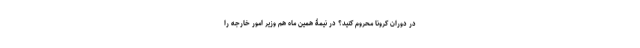
در دوران کرونا محروم کنید؟ در نیمۀ همین ماه هم وزیر امور خارجه را